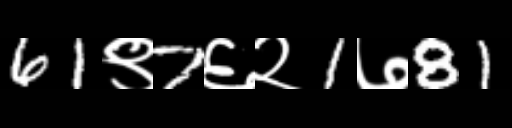
Text: 61९7६२1७81